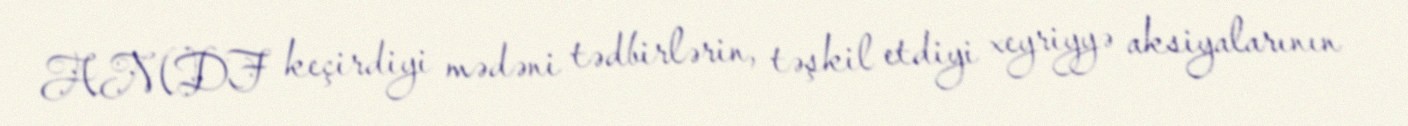
AMDF keçirdiyi mədəni tədbirlərin, təşkil etdiyi xeyriyyə aksiyalarının